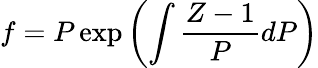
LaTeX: f=P\exp\left(\int{\frac{Z-1}{P}}dP\right)